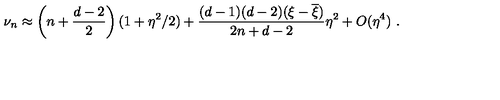
\nu _ { n } \approx \left( n + \frac { d - 2 } 2 \right) ( 1 + \eta ^ { 2 } / 2 ) + \frac { ( d - 1 ) ( d - 2 ) ( \xi - \overline { { \xi } } ) } { 2 n + d - 2 } \eta ^ { 2 } + O ( \eta ^ { 4 } ) \ .